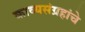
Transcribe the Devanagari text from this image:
काव्यसंग्रहांचे